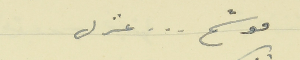
موشح  . . . غزل